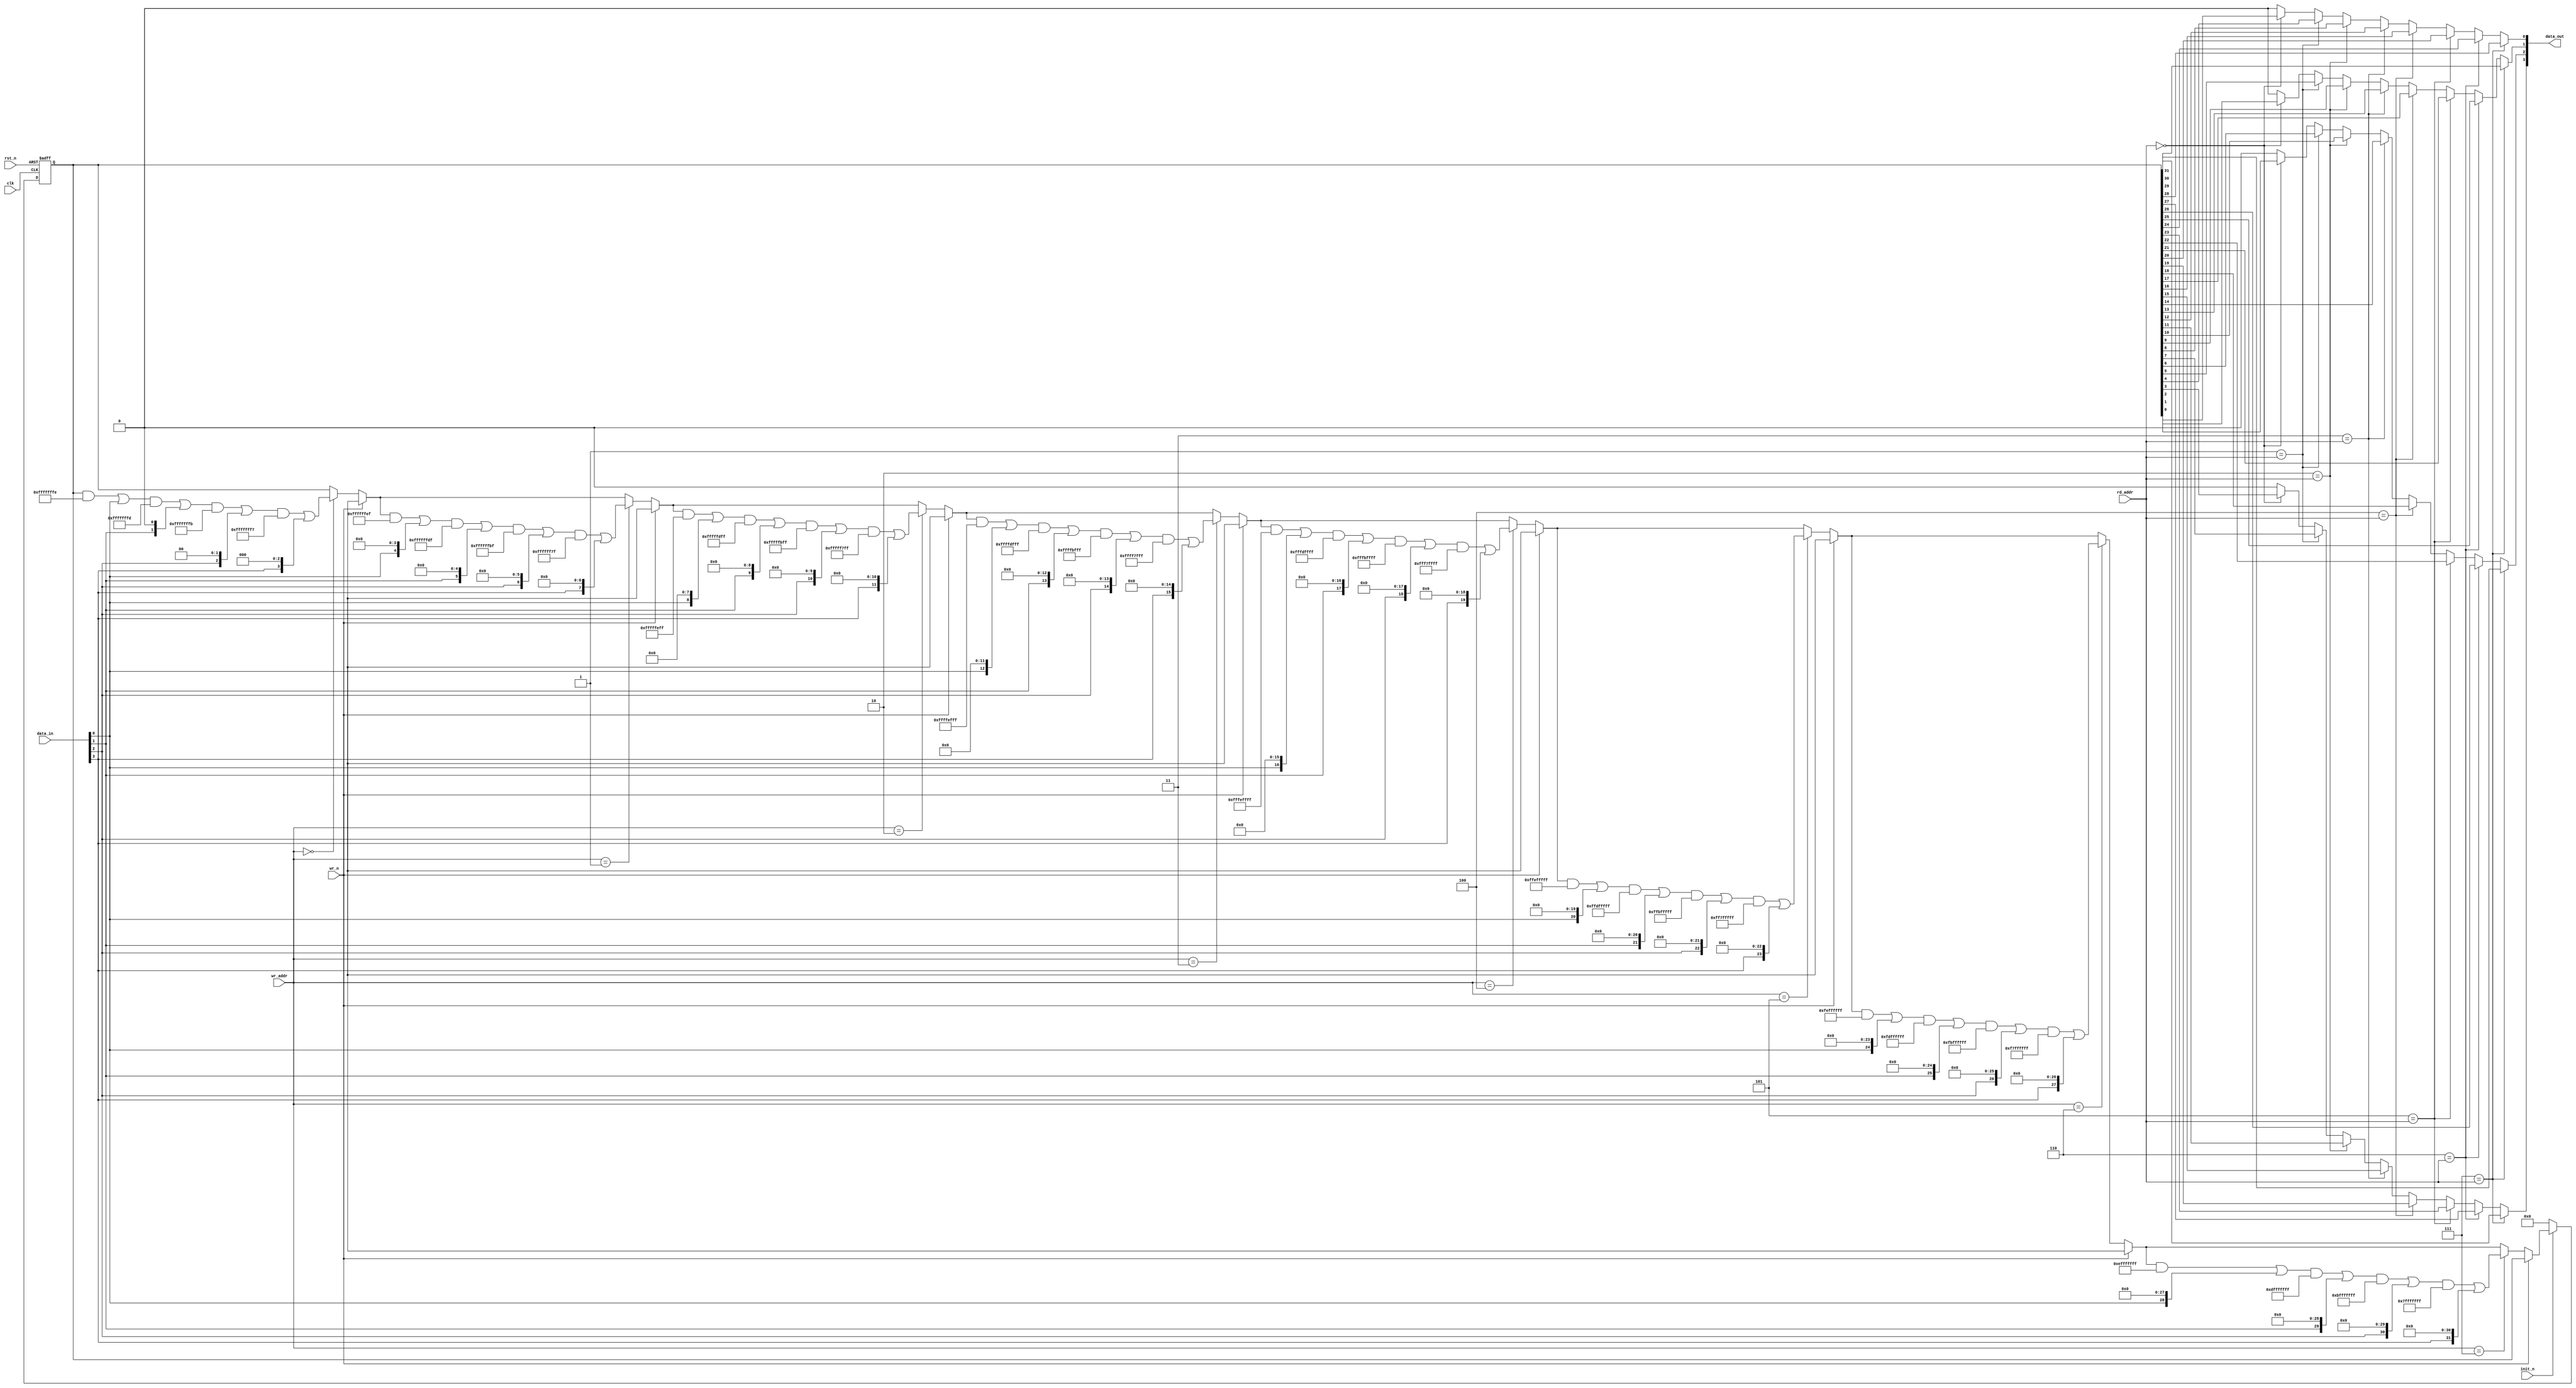
module DW_apb_uart_DWbb_ram_r_w_s_dff (
	clk,
	rst_n,
	init_n,
	wr_n,
	data_in,
	wr_addr,
        rd_addr,
	data_out
	);

   parameter data_width = 4;
   parameter depth = 8;
   parameter mem_mode = 0;
   parameter addr_width = 3;

   input 			clk;
   input 			rst_n;
   input 			init_n;
   input 			wr_n;
   input [data_width-1:0]	data_in;
   input [addr_width-1:0]	wr_addr;
   input [addr_width-1:0]	rd_addr;

   output [data_width-1:0]	data_out;

   reg [depth*data_width-1:0]   O1OO1IOO;
   reg [depth*data_width-1:0]   Illll1l1;
  wire [depth*data_width-1:0]	llOO1IIO;

   reg [addr_width-1:0]		lIOOI0l0;
   reg				O0101IOI;
   reg [data_width-1:0]		OII10lOI;
   reg [addr_width-1:0]		O1O1I0II;
   reg [data_width-1:0]		l0I0I1I0;

  wire [addr_width-1:0]		Il1IIIO0;
  wire				lI1Il10l;
  wire [data_width-1:0]		I100IIII;
  wire [addr_width-1:0]		II1IlO0I;
  wire [data_width-1:0]		OO0OI11l;
  reg [15:0] OlOlII11, l10I1O10;
  reg [24:0] llIIOOl0;
   
   
  function [data_width-1:0] l01IOl0l ;
    input [data_width*depth-1:0]	A;
    input [addr_width-1:0]  	SEL;
    reg   [31:0]		OlOlII11, l10I1O10, llIIOOl0;
    begin
      l01IOl0l  = {data_width {1'b0}};
      llIIOOl0 = 0;
      for (OlOlII11=0 ; OlOlII11<depth ; OlOlII11=OlOlII11+1) begin
	if (OlOlII11 == SEL) begin
	  for (l10I1O10=0 ; l10I1O10<data_width ; l10I1O10=l10I1O10+1) begin
	    l01IOl0l  [l10I1O10] = A [l10I1O10 + llIIOOl0];
	  end // for (l10I1O10
	end // if
	llIIOOl0 = llIIOOl0 + data_width;
      end // for (OlOlII11
    end
  endfunction

  assign OO0OI11l = l01IOl0l ( Illll1l1, II1IlO0I );



   always @ (Illll1l1 or lI1Il10l or Il1IIIO0 or I100IIII) begin : Il1I0I01
     O1OO1IOO = Illll1l1;

     if ( lI1Il10l == 1'b0 ) begin
       llIIOOl0 = 0;
       for (OlOlII11=0 ; OlOlII11<depth ; OlOlII11=OlOlII11+1) begin
	 if (Il1IIIO0 == OlOlII11) begin
	   for (l10I1O10=0 ; l10I1O10 < data_width ; l10I1O10=l10I1O10+1) begin
	     O1OO1IOO[ llIIOOl0+l10I1O10] = I100IIII[l10I1O10];
	   end
	 end
	 llIIOOl0 = llIIOOl0 + data_width;
       end
     end
   end


  
  always @ (posedge clk or negedge rst_n) begin : IlII000I
    if (rst_n == 1'b0) begin
      Illll1l1 <= {data_width*depth{1'b0}};
      O0101IOI <= 1'b0;
      lIOOI0l0 <= {addr_width{1'b0}};
      OII10lOI <= {data_width{1'b0}};
      O1O1I0II <= {addr_width{1'b0}};
      l0I0I1I0 <= {data_width{1'b0}};
    end else if (init_n == 1'b0) begin
      Illll1l1 <= {data_width*depth{1'b0}};
      O0101IOI <= 1'b0;
      lIOOI0l0 <= {addr_width{1'b0}};
      OII10lOI <= {data_width{1'b0}};
      O1O1I0II <= {addr_width{1'b0}};
      l0I0I1I0 <= {data_width{1'b0}};
    end else begin
      Illll1l1 <= O1OO1IOO;
      O0101IOI <= wr_n;
      lIOOI0l0 <= wr_addr;
      OII10lOI <= data_in;
      O1O1I0II <= rd_addr;
      l0I0I1I0 <= OO0OI11l;
    end
  end


  assign lI1Il10l = (mem_mode & 2)? O0101IOI : wr_n;
  assign I100IIII = (mem_mode & 2)? OII10lOI : data_in;
  assign Il1IIIO0 = (mem_mode & 2)? lIOOI0l0 : wr_addr;
  assign II1IlO0I  = (mem_mode & 2)? O1O1I0II : rd_addr;
  assign data_out = (mem_mode & 1)? l0I0I1I0 : OO0OI11l;
   
endmodule